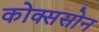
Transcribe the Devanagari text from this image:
कोक्ससोन